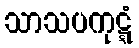
သာသပကုဋ္ဋံ